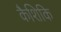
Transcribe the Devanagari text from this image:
कैशिकि